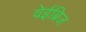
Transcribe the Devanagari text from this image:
वेईब्रिज